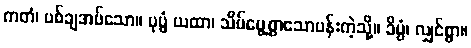
ကတံ၊ ပစ်ချအပ်သော။ ပုပ္ဖံ ယထာ၊ သိမ်မွေ့စွာသောပန်းကဲ့သို့။ ခိပ္ပံ၊ လျှင်စွာ။